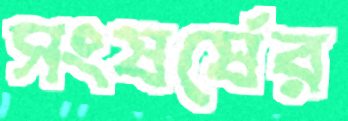
সংষর্ষের